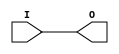
module IBUF_HSTL_III_18 (O, I);

    output O;

    input  I;

	buf B1 (O, I);


endmodule